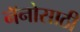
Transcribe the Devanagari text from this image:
नॅनोसाठी